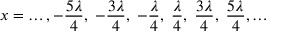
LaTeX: x = \ldots , - { \frac { 5 \lambda } { 4 } } , \; - { \frac { 3 \lambda } { 4 } } , \; - { \frac { \lambda } { 4 } } , \; { \frac { \lambda } { 4 } } , \; { \frac { 3 \lambda } { 4 } } , \; { \frac { 5 \lambda } { 4 } } , \ldots